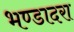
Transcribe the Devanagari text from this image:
भण्डादरा